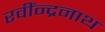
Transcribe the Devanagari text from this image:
रवींन्द्रनाथ